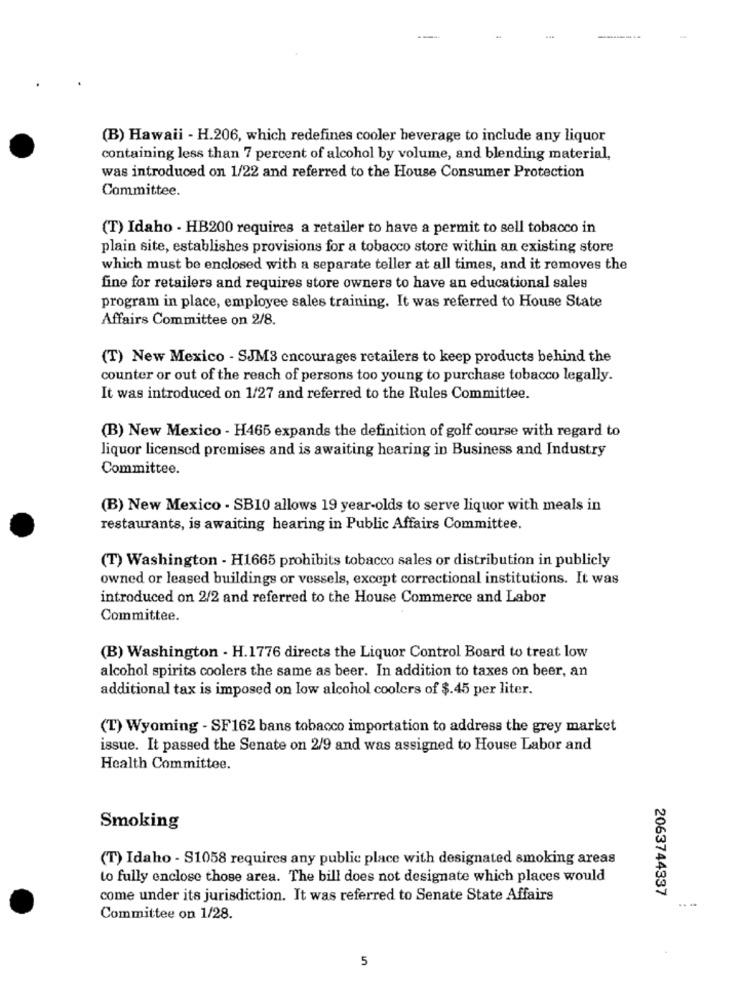
(B) Hawaii - H.206, which redefines cooler beverage to include any liquor
containing less than 7 percent of alcohol by volume, and blending material,
was introduced on 1/22 and referred to the House Consumer Protection
Committee.
(T) Idaho - HB200 requires a retailer to have a permit to sell tobacco in
plain site, establishes provisions for a tobacco store within an existing store
which must be enclosed with a separate teller at all times, and it removes the
fine for retailers and requires store owners to have an educational sales
program in place, employee sales training. It was referred to House State
Affairs Committee on 2/8.
(T) New Mexico - SJM3 encourages retailers to keep products behind the
counter or out of the reach of persons too young to purchase tobacco legally.
It was introduced on 1/27 and referred to the Rules Committee.
(B) New Mexico - H465 expands the definition of golf course with regard to
liquor licensed premises and is awaiting hearing in Business and Industry
Committee.
(B) New Mexico - SB10 allows 19 year-olds to serve liquor with meals in
restaurants, is awaiting hearing in Public Affairs Committee.
(T) Washington - H1665 prohibits tobacco sales or distribution in publicly
owned or leased buildings or vessels, except correctional institutions. It was
introduced on 2/2 and referred to the House Commerce and Labor
Committee.
(B) Washington - H.1776 directs the Liquor Control Board to treat low
alcohol spirits coolers the same as beer. In addition to taxes on beer, an
additional tax is imposed on low alcohol coolers of $.45 per liter.
(T) Wyoming - SF162 bans tobacco importation to address the grey market
issue. It passed the Senate on 2/9 and was assigned to House Labor and
Health Committee.
Smoking
(T) Idaho - S1058 requires any public place with designated smoking areas
to fully enclose those area. The bill does not designate which places would
2063744337
come under its jurisdiction. It was referred to Senate State Affairs
...
Committee on 1/28.
5